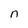
Character: n